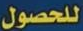
للحصول